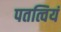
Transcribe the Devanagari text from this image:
पतत्वियं